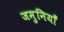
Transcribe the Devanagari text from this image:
जमुनियाँ